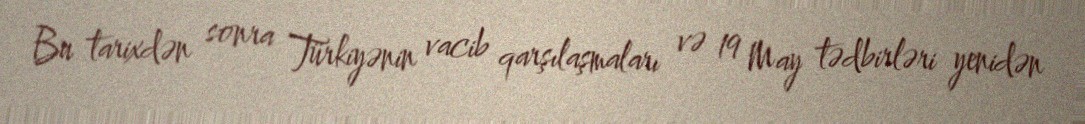
Bu tarixdən sonra Türkiyənin vacib qarşılaşmaları və 19 May tədbirləri yenidən